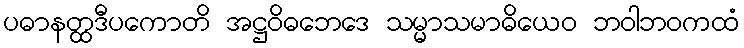
ပဓာနတ္ထဒီပကောတိ အဋ္ဌဝိဓဘေဒေ သမ္မာသမာဓိယေဝ ဘဝါဘဝကထံ